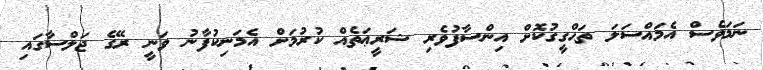
ނަމަވެސް އެމައްސަލަ ތަޙްގީގުކޮށް އިންސާފުވެރި ޝަރީޢަތެއް ކުރުމަށް އެމަނިކުފާނު ވަނީ ރޭގެ ޖަލްސާގައި